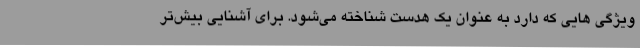
ویژگی هایی که دارد به عنوان یک هدست شناخته می‌شود. برای آشنایی بیش‌تر